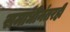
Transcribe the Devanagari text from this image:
समाधीनंतरही